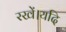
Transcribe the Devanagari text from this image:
रखें।यदि